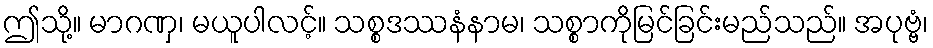
ဤသို့။ မာဂဏှ၊ မယူပါလင့်။ သစ္စဒဿနံနာမ၊ သစ္စာကိုမြင်ခြင်းမည်သည်။ အပုဗ္ဗံ၊